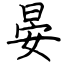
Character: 晏